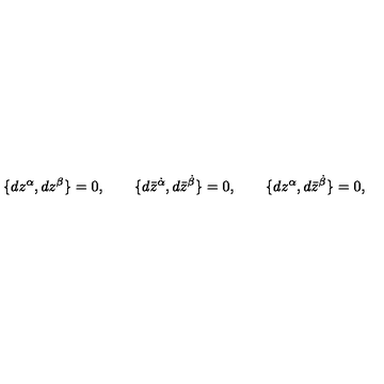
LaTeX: \{ d z ^ { \alpha } , d z ^ { \beta } \} = 0 , \qquad \{ d \bar { z } ^ { \dot { \alpha } } , d \bar { z } ^ { \dot { \beta } } \} = 0 , \qquad \{ d z ^ { \alpha } , d \bar { z } ^ { \dot { \beta } } \} = 0 ,